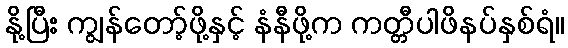
နို့ပြီး ကျွန်တော့်ဖို့နှင့် နံနီဖို့က ကတ္တီပါဖိနပ်နှစ်ရံ။